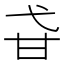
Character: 𤮼